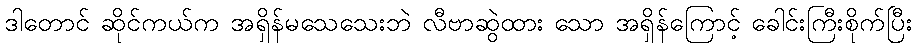
ဒါတောင် ဆိုင်ကယ်က အရှိန်မသေသေးဘဲ လီဗာဆွဲထား သော အရှိန်ကြောင့် ခေါင်းကြီးစိုက်ပြီး